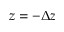
z = - \Delta z